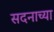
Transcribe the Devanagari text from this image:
सदनाच्या